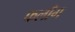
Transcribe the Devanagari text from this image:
फलाँग